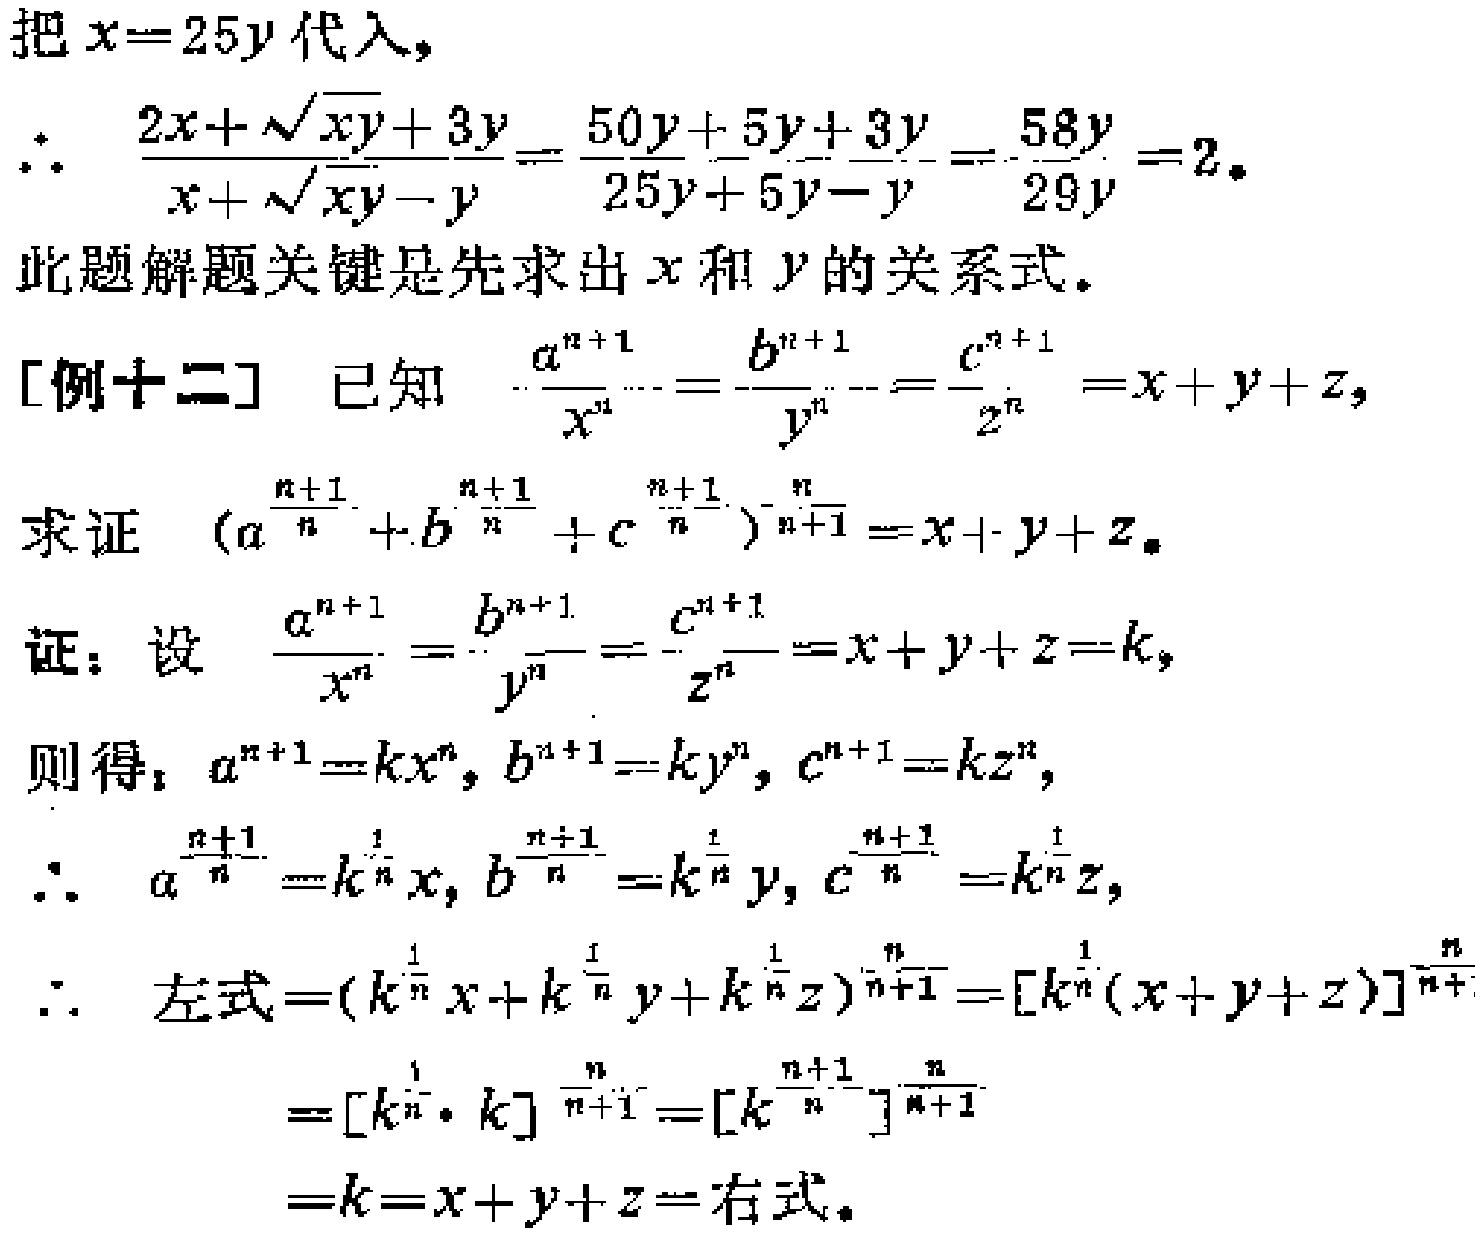
把\(x = 25y\)代入，

\(\therefore \frac{2x+\sqrt{xy}+3y}{x+\sqrt{xy}-y}=\frac{50y + 5y+3y}{25y+5y - y}=\frac{58y}{29y}=2\)。

此题解题关键是先求出\(x\)和\(y\)的关系式。

[例十二] 已知 \(\frac{a^{n + 1}}{x^{n}}=\frac{b^{n + 1}}{y^{n}}=\frac{c^{n + 1}}{z^{n}}=x + y+z\)，

求证 \((a^{\frac{n + 1}{n}}+b^{\frac{n + 1}{n}}+c^{\frac{n + 1}{n}})^{\frac{n}{n + 1}}=x + y+z\)。

证：设 \(\frac{a^{n + 1}}{x^{n}}=\frac{b^{n + 1}}{y^{n}}=\frac{c^{n + 1}}{z^{n}}=x + y+z=k\)，

则得：\(a^{n + 1}=kx^{n}\)，\(b^{n + 1}=ky^{n}\)，\(c^{n + 1}=kz^{n}\)，

\(\therefore a^{\frac{n + 1}{n}}=k^{\frac{1}{n}}x\)，\(b^{\frac{n + 1}{n}}=k^{\frac{1}{n}}y\)，\(c^{\frac{n + 1}{n}}=k^{\frac{1}{n}}z\)，

\(\therefore\) 左式\(=(k^{\frac{1}{n}}x + k^{\frac{1}{n}}y + k^{\frac{1}{n}}z)^{\frac{n}{n + 1}}=[k^{\frac{1}{n}}(x + y+z)]^{\frac{n}{n + 1}}\)

\(=[k^{\frac{1}{n}}\cdot k]^{\frac{n}{n + 1}}=[k^{\frac{n + 1}{n}}]^{\frac{n}{n + 1}}\)

\(=k=x + y+z=\)右式。